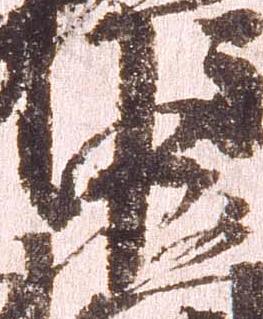
中